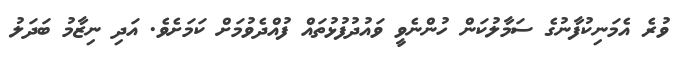
ވުރެ އެމަނިކުފާނުގެ ސަމާލުކަން ހުންނެވީ ވައުދުފުޅުތައް ފުއްދެވުމަށް ކަމަށެވެ. އަދި ނިޒާމު ބަދަލު